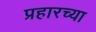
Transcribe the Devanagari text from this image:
प्रहारच्या